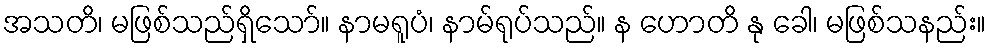
အသတိ၊ မဖြစ်သည်ရှိသော်။ နာမရူပံ၊ နာမ်ရုပ်သည်။ န ဟောတိ နု ခေါ၊ မဖြစ်သနည်း။